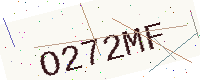
Text: O272MF